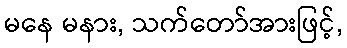
မနေ မနား, သက်တော်အားဖြင့်,